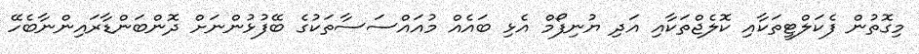
މިގޮތުން ފެކަލްޓީތަކާއި ކޮލެޖްތަކާއި އަދި ޔުނިފޯމް އެޅި ބައެއް މުއައްސަސާތަކުގެ ބޭފުޅުންނަށް ދޮންބަންޑާރައިންނާބެހޭ